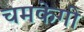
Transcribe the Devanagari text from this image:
चमकेगी